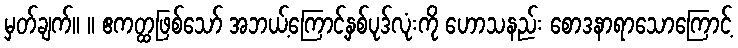
မှတ်ချက်။ ။ ဧကတ္ထဖြစ်သော် အဘယ့်ကြောင့်နှစ်ပုဒ်လုံးကို ဟောသနည်း စောဒနာရာသောကြောင့်